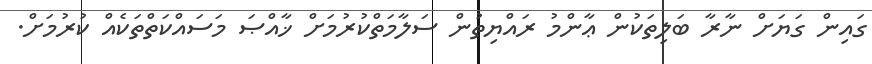
ގައިން ގަޔަށް ނާރާ ބަލިތަކުން ޢާންމު ރައްޔިތުން ސަލާމަތްކުރުމަށް ޚާއްޞަ މަސައްކަތްތަކެއް ކުރުމަށް.